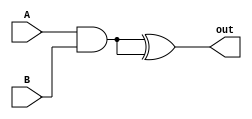
module xor_gate(
    input A, 
    input B, 
    output out
);

wire inv_A, inv_B, and_gate_out1, and_gate_out2;

// Implementing two transmission gates as input inverters
assign inv_A = A;
assign inv_B = B;

// Implementing XOR gate using transmission gates
assign and_gate_out1 = inv_A & B;
assign and_gate_out2 = A & inv_B;

assign out = and_gate_out1 ^ and_gate_out2;

endmodule